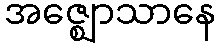
အဇ္ဈောသာနေ